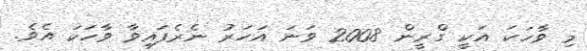
މި ވާހަކަ އަކީ ގްރީން 2008 ވަނަ އަހަރު ނެރެފައިވާ ވާހަކަ އެވެ.